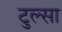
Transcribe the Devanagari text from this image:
टुल्‍सा